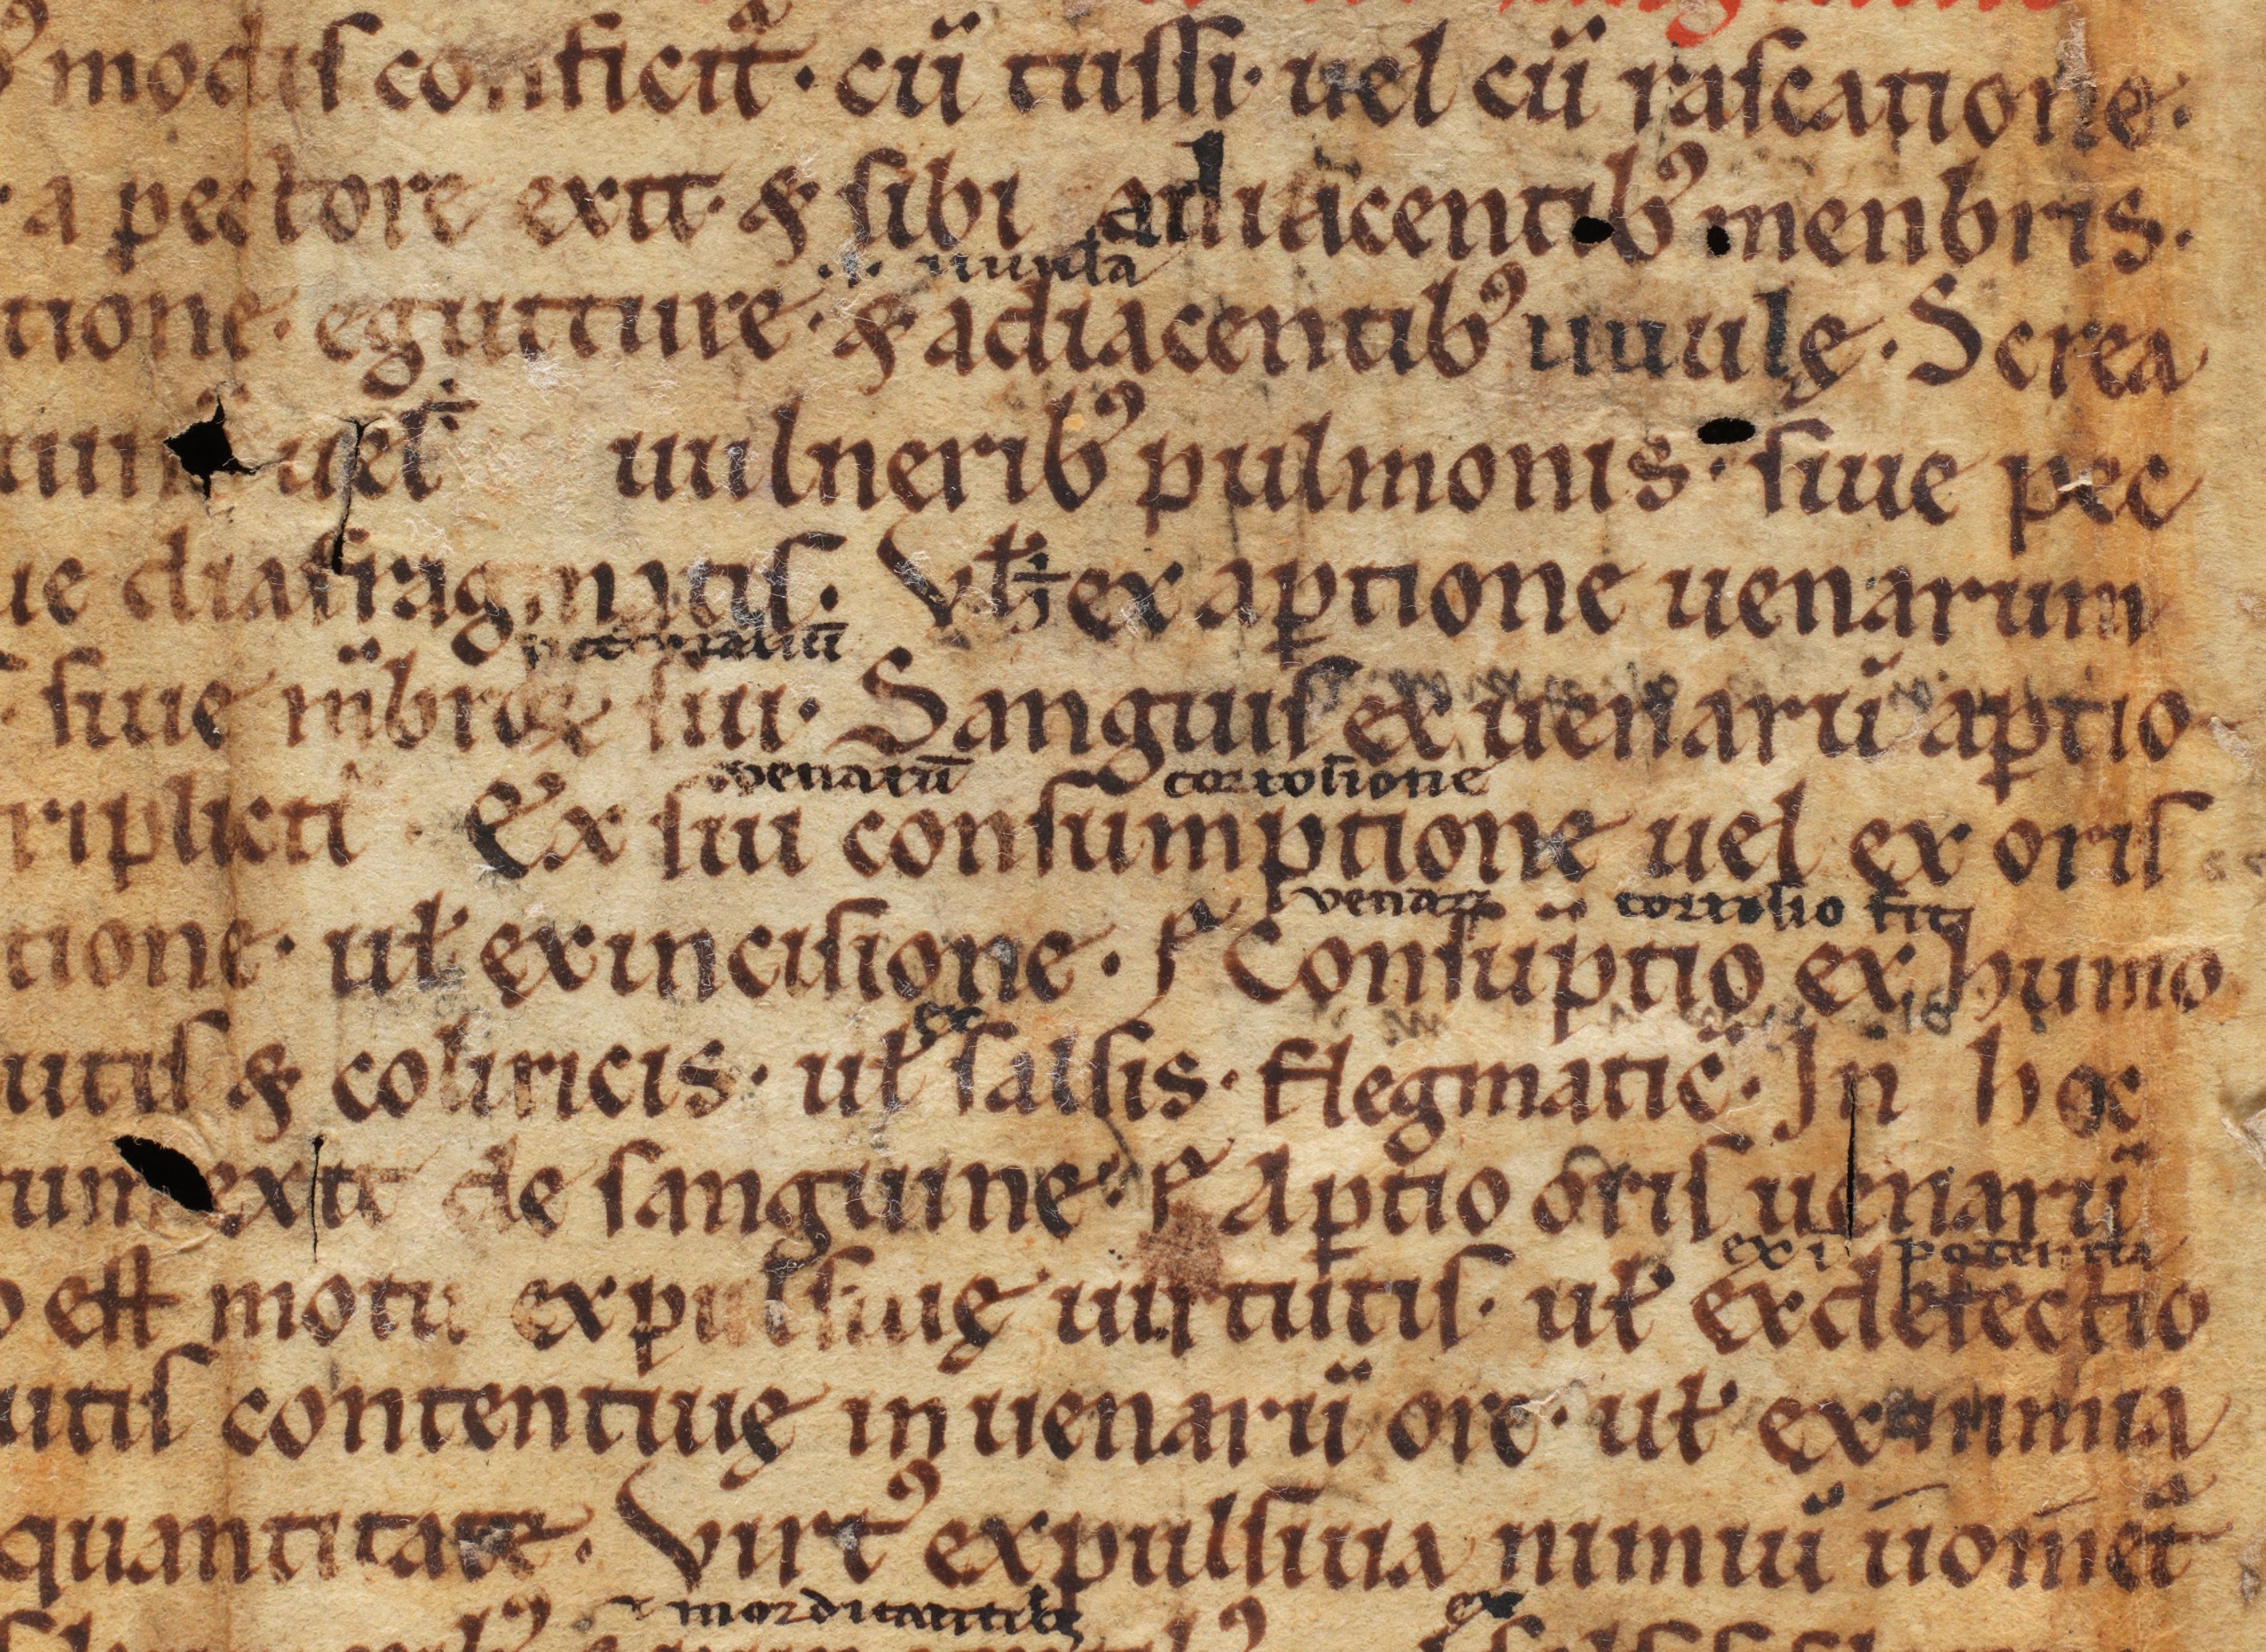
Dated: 1100–1299